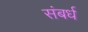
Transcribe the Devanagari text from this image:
संबर्ध